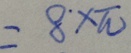
= 8 ^ { \cdot } \times \pi